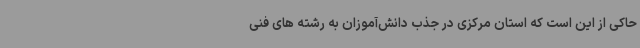
حاکی از این است که استان مرکزی در جذب دانش‌آموزان به رشته های فنی